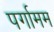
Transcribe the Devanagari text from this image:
पर्गामम